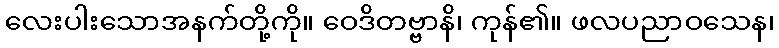
လေးပါးသောအနက်တို့ကို။ ဝေဒိတဗ္ဗာနိ၊ ကုန်၏။ ဖလပညာဝသေန၊